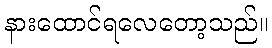
နားထောင်ရလေတော့သည်။